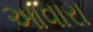
આવારા